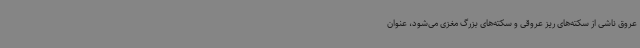
عروق ناشی از سکته‌های ریز عروقی و سکته‌های بزرگ مغزی می‌شود، عنوان